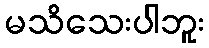
မသိသေးပါဘူး